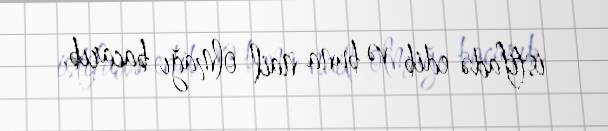
istifadə edib və buna nail olmağı bacarıb.